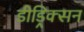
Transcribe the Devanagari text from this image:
डीड्रिक्सन